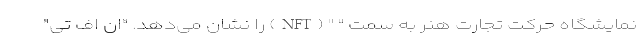
نمایشگاه حرکت تجارت هنر به سمت " " (NFT) را نشان می‌دهد. "ان اف تی"